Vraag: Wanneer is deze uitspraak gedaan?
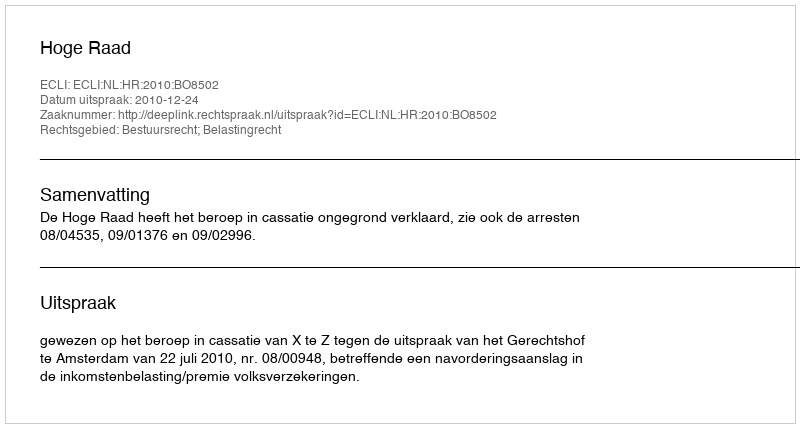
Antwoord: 2010-12-24